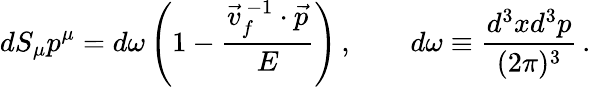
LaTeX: dS_{\mu}p^{\mu}=d\omega\left(1-\frac{\vec{v}_{f}^{\, -1}\cdot\vec{p}}{E}\right)\, ,\qquad d\omega\equiv\frac{d^{3}xd^{3}p}{(2\pi)^{3}}\, .